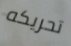
تحريكه